Tezpur Lunatic Asylum reports 1877-1894 - 1877-1894
Year: 1877
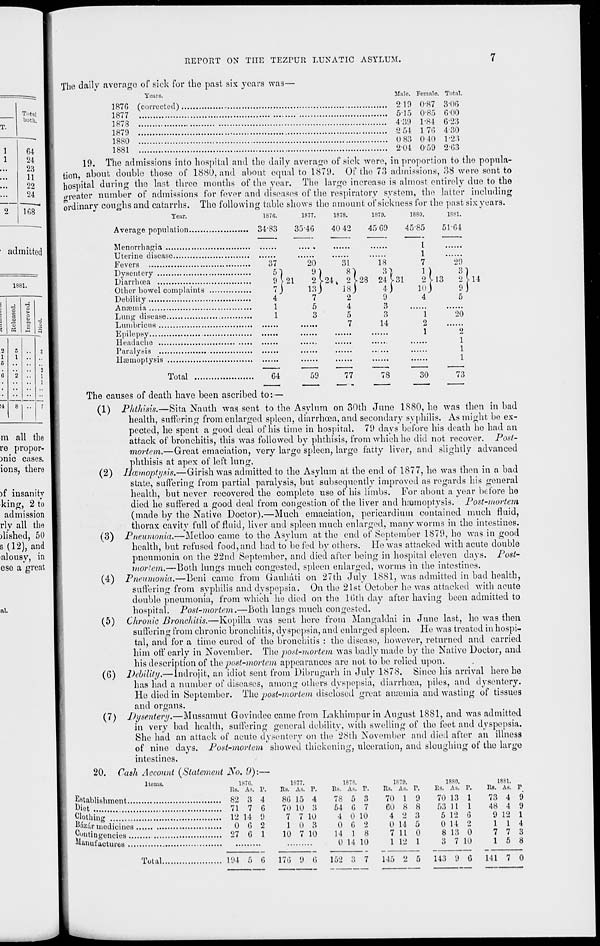
REPORT ON THE TEZPUIt LUNATIC ASYLUM.
Tntal
both.
T.
1
64
1
24
...
23
...
11
22
...
24
2
168
admitted
1881.
i
3
4
■3
1
(4
13
O
t>
o
a
•3
3
2
1
5
6
5
1
>2
•
3
3
1
1
14
8
7
m all the
re propor-
mic cases.
ions, there
)f insanity
kino;, 2 to
admission
rly all the
)lished, 50
s (12), and
alousy, in
eso a great
ni.
(corrected)
2 19
515
4-39
2 54
0 83
2-04
Male. Female.
0/87
The daily average of sick for the past six years was—
Years.
1870
1877
1878
1879
1880
1881
19. The admissions into hospital and the daily average of sick were, in proportion to the popula-
tion, about double those of 1880, and about equal to 1879. Of the 73 admissions, 38 were sent to
hospital during the last three months of the year. The largo increase is almost entirely due to the
greater number of admissions for fever and diseases of the respiratory system, the latter including
ordinary coughs and catarrhs. The following table shows the amount of sickness for the past six years.
Year.
187G.
1877.
1878.
1879.
1880.
1881.
0-85
L84
1 76
040
0-59
Total.
3-00
6-00
623
4-30
1-23
2-63
Average population
3483
35-46
40 42
45-G9
Menorrhagia
Uterine disease
Fevers
Dysentery
Diarrhoea
Other bowel complaints
Debility
Anosmia
Lung disease
Lumbricns
Epilepsy
..,
Headache
Paralysis
Iiiemoptysis
Total
G4
77
78
30
i •>
The causes of death have been ascribed to:—
(1) Phthisis.—Sita Nauth was sent to the Asylum on 30th June 1880, he was then in bad
health, suffering from enlarged spleen, diarrhoea, and secondary syphilis. As might be ex-
pected, he spent a good deal of his time in hospital. 79 days before his death he had an
attack of bronchitis, this was followed by phthisis, from which he did not recover. Post-
mortem.—Great emaciation, very large spleen, large fatty liver, and slightly advanced
phthisis at apex of left lung.
(2) Hcemoptysis.—Girish was admitted to the Asylum at the end of 1877, he was then in a bad
state, suffering from partial paralysis, but subsequently improved as regards his general
health, but never recovered the complete use of his limbs. For about a year before he
died he suffered a good deal from congestion of the liver and haemoptysis. Post-mortem
(made by the Native Doctor).—Much emaciation, pericardium contained much fluid,
thorax cavity full of fluid, liver and spleen much enlarged, many worms in the intestines.
(3) Pneumonia.—Metloo came to the Asylum at the end of September 1879, he was in good
health, but refused food, and had to be fed by others. He was attacked with acute double
pneumonia on the 22nd September, and died after being in hospital eleven days. Post-
viortem.—Both lungs much congested, spleen enlarged, worms in the intestines.
(4) Pneumonia.—Beni came from Gauhati on 27th July 1881, was admitted in bad health,
suffering from syphilis and dyspepsia. On the 21st October he was attacked with acute
double pneumonia, from which he died on the 10th day after having been admitted to
hospital. Post-mortem.—Both lungs much congested.
(5) Chronic Bronchitis.—Kopilla was sent here from Mangaldai in Juno last, he was then
suffering from chronic bronchitis, dyspepsia, and enlarged spleen. He was treated in hospi-
tal, and for a time cured of the bronchitis : the disease, however, returned and carried
him off early in November. The post-mortem was badly made by the Native Doctor, and
his description of the post-mortem appearances are not to be relied upon.
(6) Debility.— Indrojit, an idiot sent from Dibrugarh in July 1878. Since his arrival hero he
lias had a number of diseases, among others dyspepsia, diarrhoea, piles, and dysentery.
He died in September. The post-mortem disclosed great aiucmia and wasting of tissues
and organs.
(7) Dysentery,—Mussaraut Govindee came from Lakhimpur in August 1881, and was admitted
in very bad health, suffering general debility, with swelling of the feet and dyspepsia.
She had an attack of acute dysentery on the 28th November and died after an illness
of nine days. Post-mortem showed thickening, - , ulceration, and sloughing of the large
intestines.
20. Cash Account (Statement JS r o. 0):—
Items.
1876.
Its. A<
Establishment
82 3
biet
71 7
Clothing
12 14
°&z&r medioinea
0 6
Contingencies
27 G
Manufactures
1877.
1878.
1H70.
1880.
1881.
p.
Its. As. p.
P.s. As. r. Its. As. r. Its. As. p. Rs. As. P
4
8G 15 4
78 5 3
70 1 9
70 13 1
73 4 9
G
70 10 3
54 G 7
GO 8 8
53 11 1
48 4 9
9
7 7 10
4 0 10
4 2 3
5 12 6
9 12 1
2
1 0 3
0 G 2
0 14 5
0 14 2
1 1 4
1
10 7 10
14 1 8
7 11 0
8 13 0
7 7 3
0 14 10
1 12 1
8 7 10
1 5 8
Total.
194
G
17G 9 6
152
145 2 5
143 9 G
141 7 0